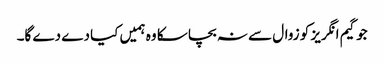
جو گیم انگریز کو زوال سے نہ بچا سکا وہ ہمیں کیا دے دے گا۔